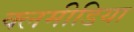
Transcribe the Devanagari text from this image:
क्लमीडिया